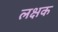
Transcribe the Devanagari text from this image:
लक्षक